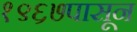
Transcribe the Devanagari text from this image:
१९६७पासून